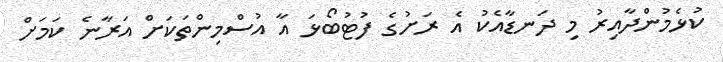
ކުޅެމުންދާއިރު މި ދަނޑާއެކު އެ ރަށުގެ ފުޓުބޯޅަ އާ އުސްމިންތަކަށް އަރާނެ ކަމަށް